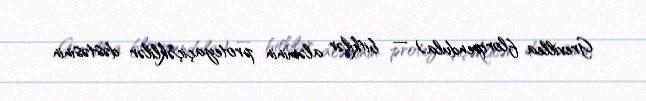
Grevillea floripendula) — bitkilər aləminin proteyaçiçəklilər dəstəsinin